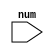
module PrimeChecker(
  input  [31:0]num);

always @(*)
  begin
    if((num==2)||(num%2==1)&&(num%3==1)||(num%3==2))
      $display("prime number",num);
    else
      $display("not a prime number",num);
   end 
endmodule